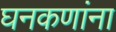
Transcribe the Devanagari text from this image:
घनकणांना